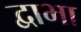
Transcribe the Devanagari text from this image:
द्वाभा